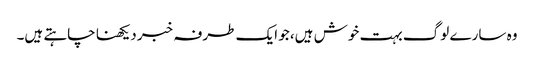
وہ سارے لوگ بہت خوش ہیں، جو ایک طرفہ خبر دیکھنا چاہتے ہیں۔